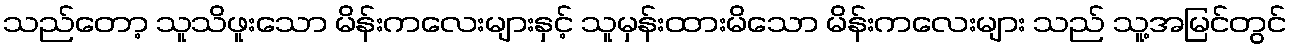
သည်တော့ သူသိဖူးသော မိန်းကလေးများနှင့် သူမှန်းထားမိသော မိန်းကလေးများ သည် သူ့အမြင်တွင်